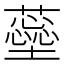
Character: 𧁚